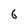
Character: 6